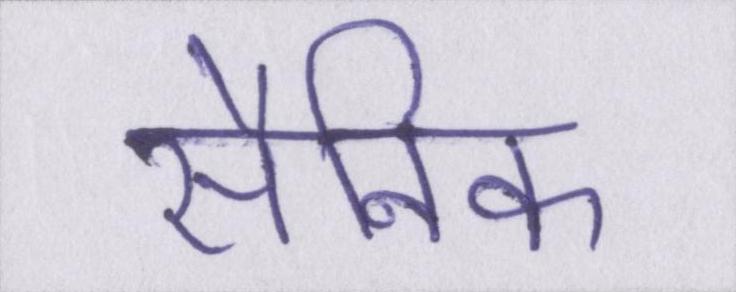
सैनिक